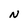
Character: N